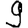
Digit: 9